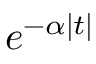
e ^ { - \alpha | t | }